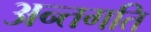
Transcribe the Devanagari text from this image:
अन्तगति